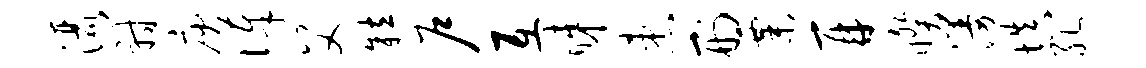
洒射庾俸父粒户互睇患刑粟再睽漫填孔